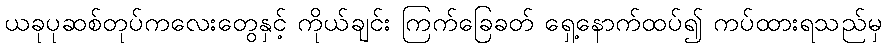
ယခုပုဆစ်တုပ်ကလေးတွေနှင့် ကိုယ်ချင်း ကြက်ခြေခတ် ရှေ့နောက်ထပ်၍ ကပ်ထားရသည်မှ